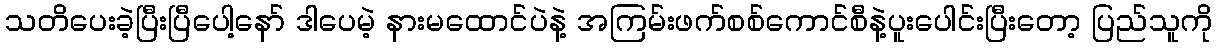
သတိပေးခဲ့ပြီးပြီပေါ့နော် ဒါပေမဲ့ နားမထောင်ပဲနဲ့ အကြမ်းဖက်စစ်ကောင်စီနဲ့ပူးပေါင်းပြီးတော့ ပြည်သူကို